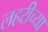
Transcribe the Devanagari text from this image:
लहरीच्या